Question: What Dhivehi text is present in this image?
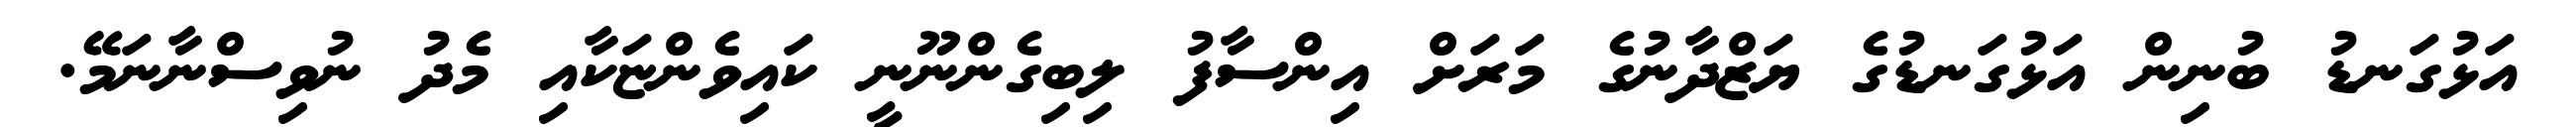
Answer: އަޅުގަނޑު ބުނިން އަޅުގަނޑުގެ ޔަޒްދާނުގެ މަރަށް އިންސާފު ލިބިގެންނޫނީ ކައިވެންޏަކާއި މެދު ނުވިސްނާނަމޭ.